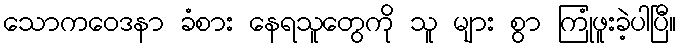
သောကဝေဒနာ ခံစား နေရသူတွေကို သူ များ စွာ ကြုံဖူးခဲ့ပါပြီ။